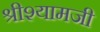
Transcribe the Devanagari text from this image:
श्रीश्यामजी